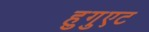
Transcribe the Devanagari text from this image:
हुगुएट